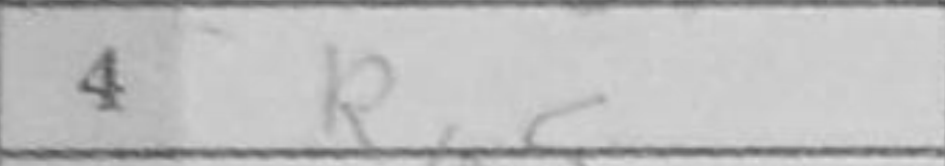
Transcription: Ra5